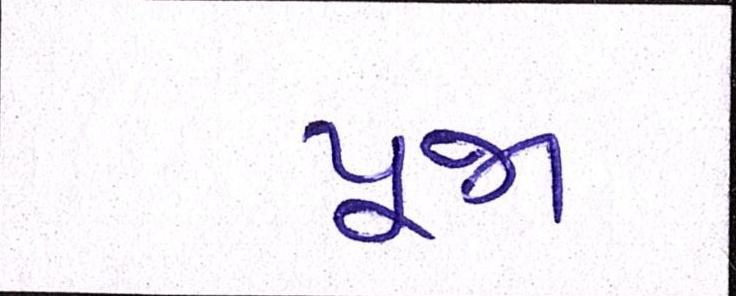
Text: પૂજા